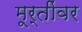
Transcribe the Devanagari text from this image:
मूर्तींवर